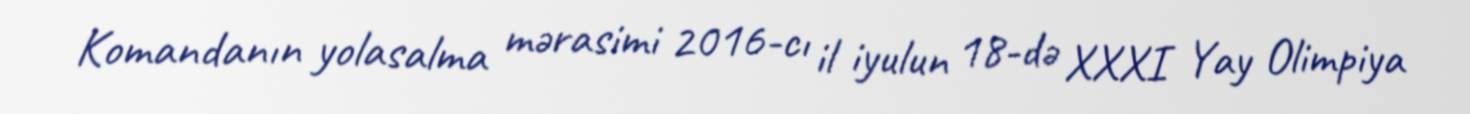
Komandanın yolasalma mərasimi 2016-cı il iyulun 18-də XXXI Yay Olimpiya